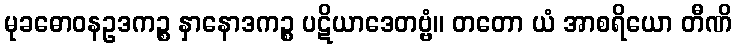
မုခဓောဝနဥဒကဉ္စ နှာနောဒကဉ္စ ပဋိယာဒေတဗ္ဗံ။ တတော ယံ အာစရိယော တီဏိ